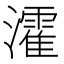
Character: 瀖